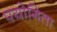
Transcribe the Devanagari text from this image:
पयोगिता